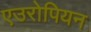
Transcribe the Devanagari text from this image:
एउरोपियन